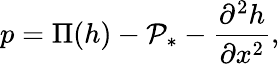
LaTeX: p=\Pi(h)-\mathcal{P}_{*}-{\frac{\partial^{2}h}{\partial x^{2}}},